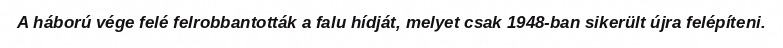
A háború vége felé felrobbantották a falu hídját, melyet csak 1948-ban sikerült újra felépíteni.